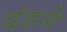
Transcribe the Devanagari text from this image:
दंडगे